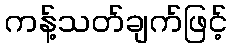
ကန့်သတ်ချက်ဖြင့်